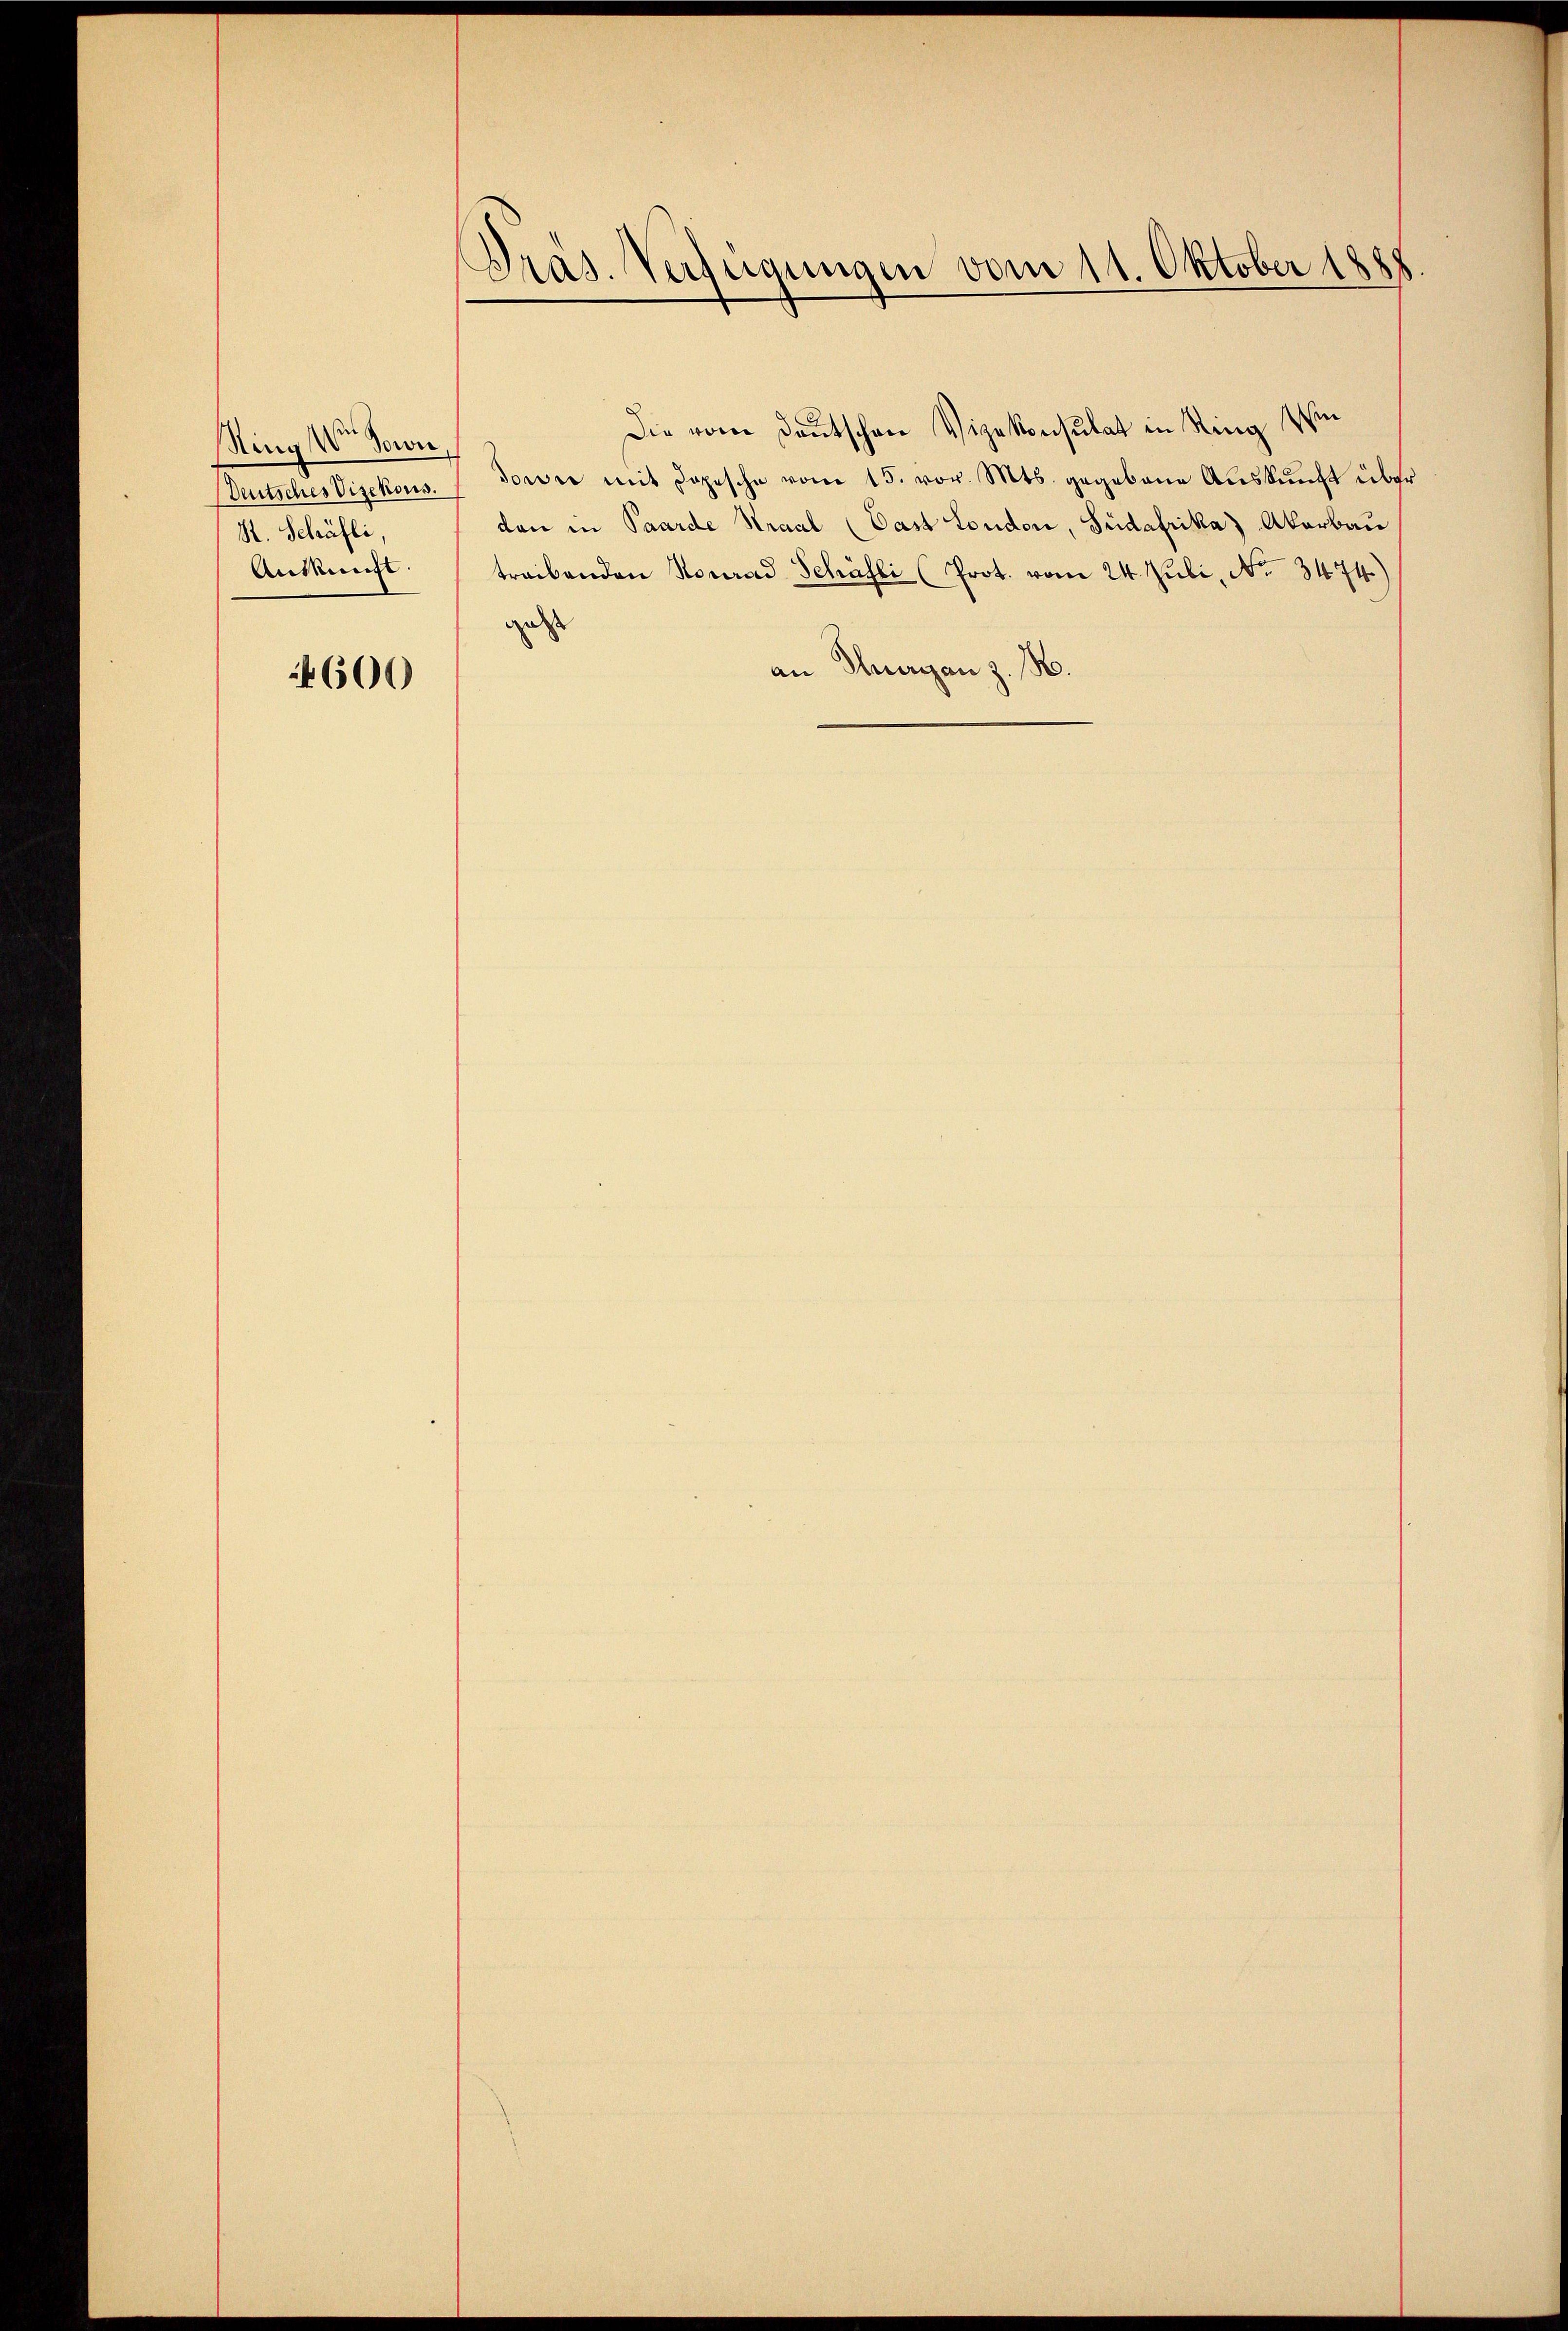
Ring Ven. Sowie
Deutsches Vizekons.
S. Schäfti
Auskunft

4600

Pras. Verfügungen vom 11. Oktober 1888

Die vom Deutschen Vizekonsulat in Ring Win¬
Sowie mit Dopische vom 15. vor. Mts. gegebene Auskunft über
dan in Paarde Kraal (Gast London, Südafrika) Akarbau
treibenden Konrad Schöfli (Prot. vom 24. Juli, No 3474.)
gest
an Thurgan z. B.